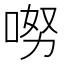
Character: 𠴂